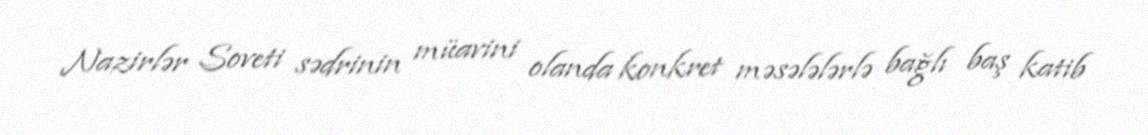
Nazirlər Soveti sədrinin müavini olanda konkret məsələlərlə bağlı baş katib